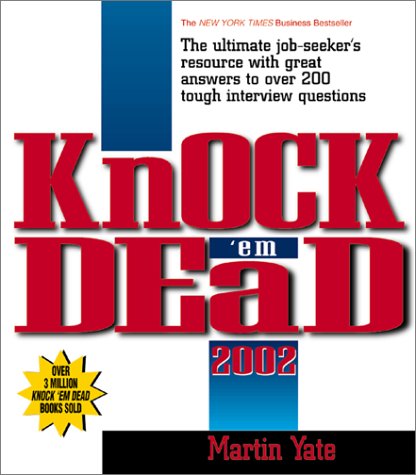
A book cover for Knock 'Em Dead 2002; Martin John Yate; Business & Money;